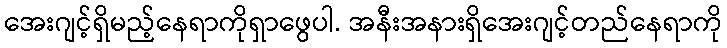
အေးဂျင့်ရှိမည့်နေရာကိုရှာဖွေပါ. အနီးအနားရှိအေးဂျင့်တည်နေရာကို